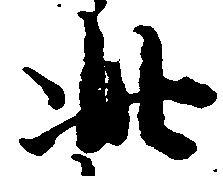
此